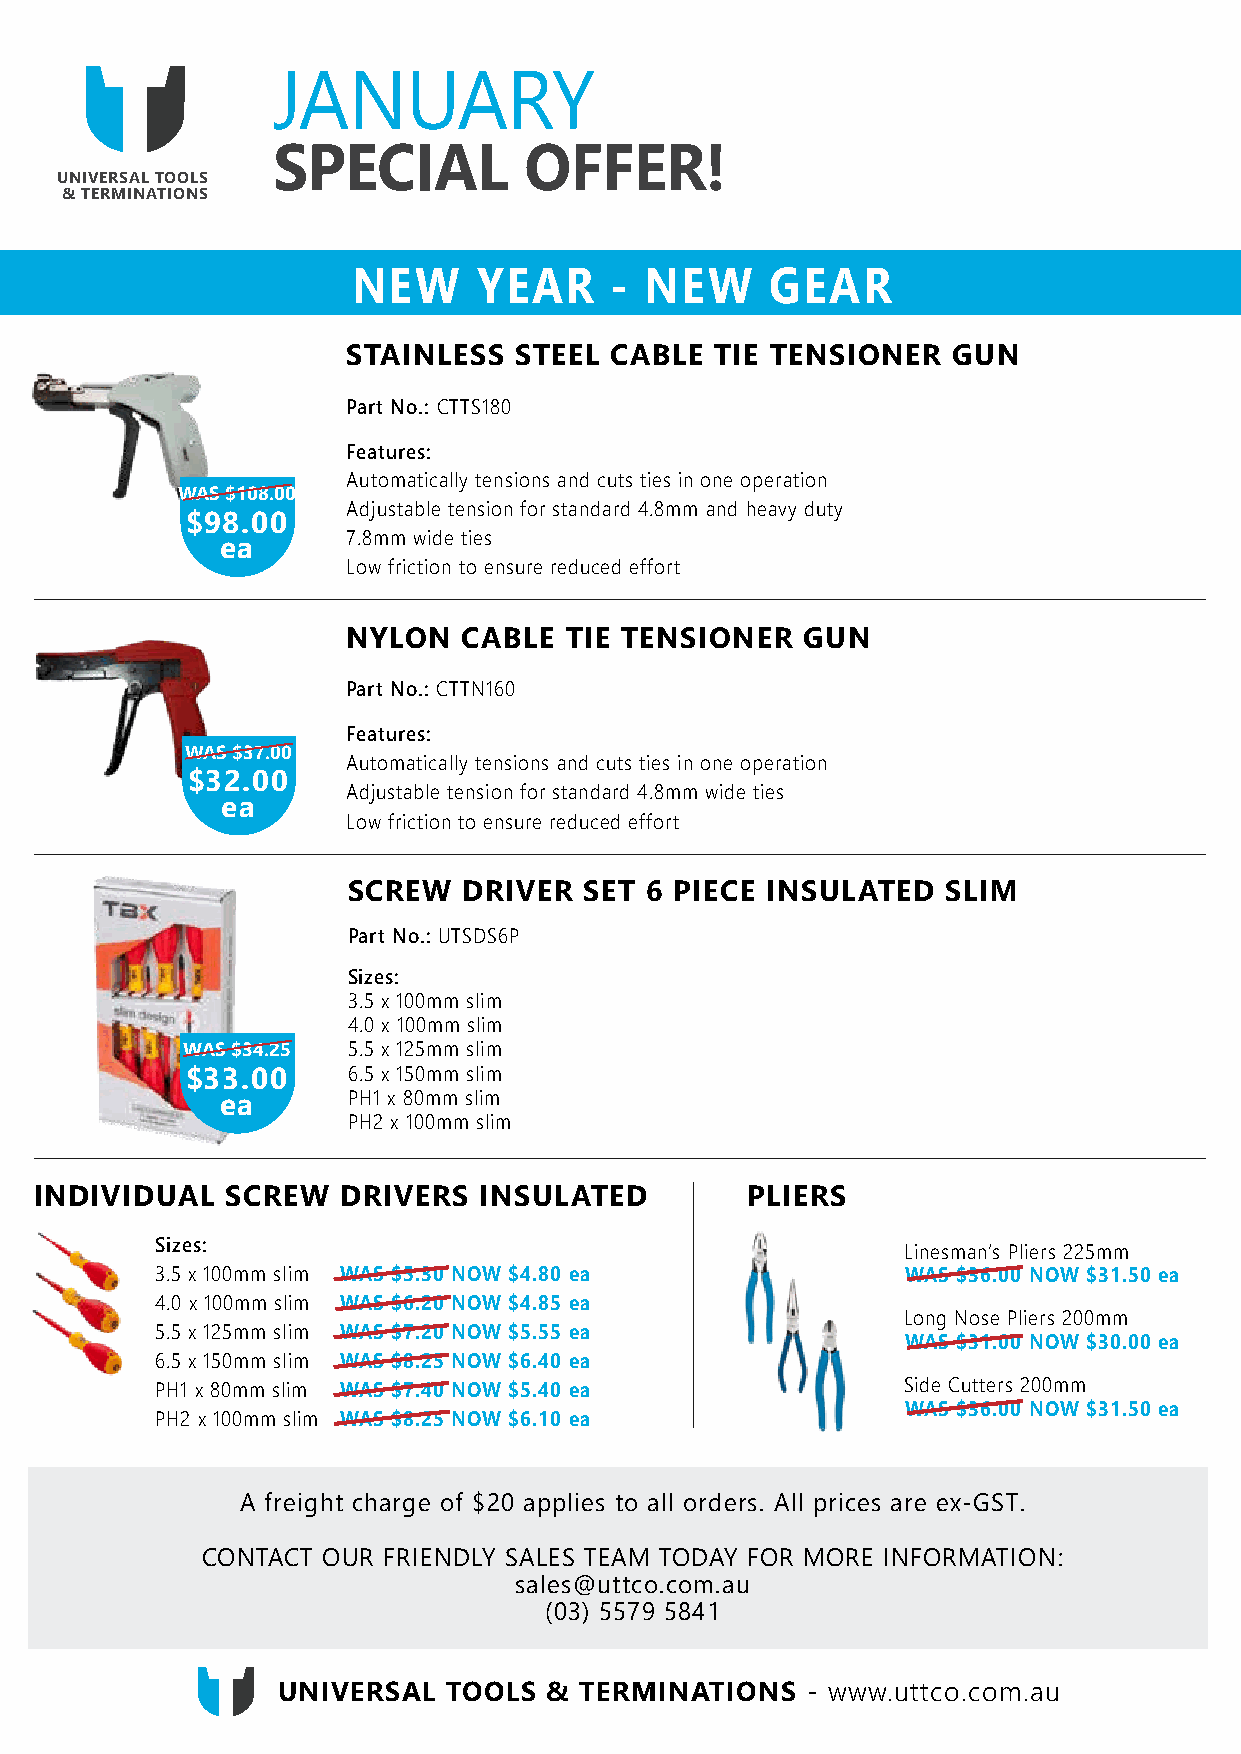
JANUARY
 SPECIAL          OFFER!
 UNIVERSAL TOOLS
 & TERMINATIONS
 NEW      YEAR    -  NEW     GEAR
 STAINLESS  STEEL CABLE  TIE TENSIONER   GUN
 Part No.: CTTS180
 Features:
 Automatically tensions and cuts ties in one operation
 WAS $108.00
 Adjustable tension for standard 4.8mm and heavy duty
 $98.00
 7.8mm wide ties
 ea
 Low friction to ensure reduced effort
 NYLON   CABLE TIE TENSIONER   GUN
 Part No.: CTTN160
 Features:
 WAS $37.00
 Automatically tensions and cuts ties in one operation
 $32.00
 Adjustable tension for standard 4.8mm wide ties
 ea
 Low friction to ensure reduced effort
 SCREW   DRIVER  SET 6 PIECE INSULATED   SLIM
 Part No.: UTSDS6P
 Sizes:
 3.5 x 100mm slim
 4.0 x 100mm slim
 WAS $34.25 5.5 x 125mm slim
 $33.00     6.5 x 150mm slim
 ea      PH1 x 80mm slim
 PH2 x 100mm slim
 INDIVIDUAL   SCREW   DRIVERS  INSULATED        PLIERS
 Sizes:                                            Linesman’s Pliers 225mm
 3.5 x 100mm slim WAS $5.30 NOW $4.80 ea           WAS $36.00 NOW $31.50 ea
 4.0 x 100mm slim WAS $6.20 NOW $4.85 ea
 Long Nose Pliers 200mm
 5.5 x 125mm slim WAS $7.20 NOW $5.55 ea
 WAS $31.00 NOW $30.00 ea
 6.5 x 150mm slim WAS $8.25 NOW $6.40 ea
 PH1 x 80mm slim WAS $7.40 NOW $5.40 ea            Side Cutters 200mm
 WAS $36.00 NOW $31.50 ea
 PH2 x 100mm slim WAS $8.25 NOW $6.10 ea
 A freight charge of $20 applies to all orders. All prices are ex-GST.
 CONTACT OUR FRIENDLY SALES TEAM TODAY FOR MORE INFORMATION:
 sales@uttco.com.au
 (03) 5579 5841
 UNIVERSAL   TOOLS & TERMINATIONS   - www.uttco.com.au